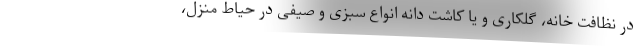
در نظافت خانه، گلکاری و یا کاشت دانه انواع سبزی و صیفی در حیاط منزل،